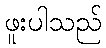
ဖူးပါသည်